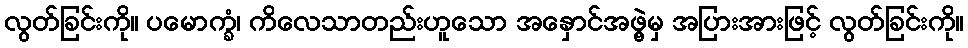
လွတ်ခြင်းကို။ ပမောက္ခံ၊ ကိလေသာတည်းဟူသော အနှောင်အဖွဲ့မှ အပြားအားဖြင့် လွတ်ခြင်းကို။